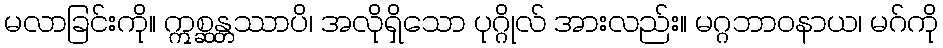
မလာခြင်းကို။ ဣစ္ဆန္တဿာပိ၊ အလိုရှိသော ပုဂ္ဂိုလ် အားလည်း။ မဂ္ဂဘာဝနာယ၊ မဂ်ကို